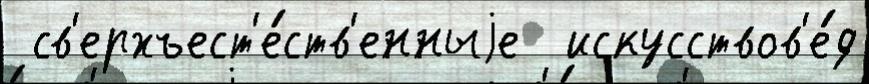
 св'ерхъест'е́ств'енныjе  искусствов'е́д